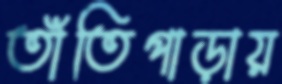
তাঁতিপাড়ায়